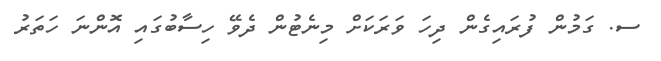
ސ. ގަމުން ފުރައިގެން ދިހަ ވަރަކަށް މިނެޓުން ދެވޭ ހިސާބުގައި އޮންނަ ހަތަރު